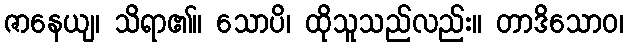
ဇာနေယျ၊ သိရာ၏။ သောပိ၊ ထိုသူသည်လည်း။ တာဒိသောဝ၊